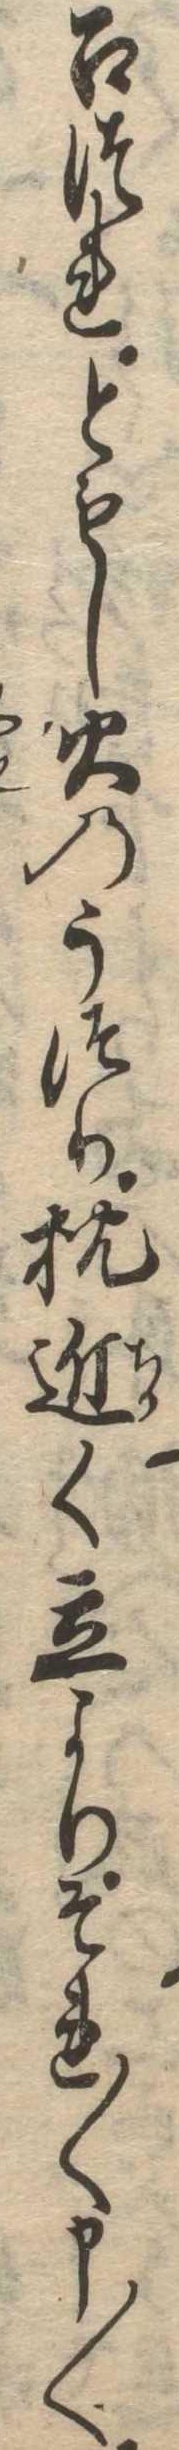
召つれともし火のうつり枕近く立よりそれ〱申〱